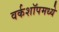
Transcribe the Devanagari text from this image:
वर्कशॉपमध्ये